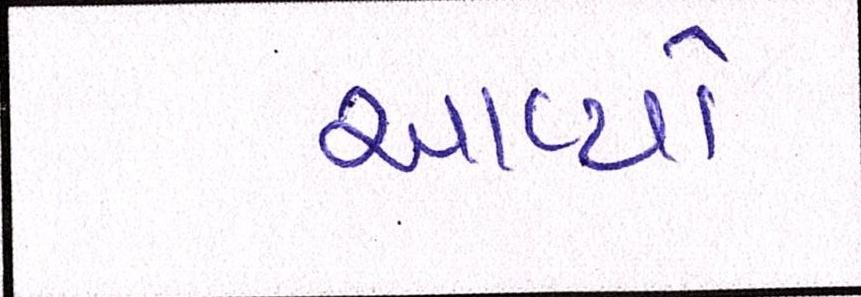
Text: આવ્યો